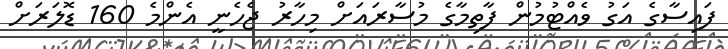
ފައިސާގެ އަގު ވެއްޓުމުން ފާތިމާގެ މުސާރައަށް މިހާރު ޖެހެނީ އެންމެ 160 ޑޮލަރަށް